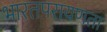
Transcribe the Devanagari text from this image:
भारतपरायणता